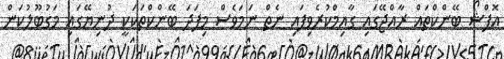
އޮފްޝޯ ބޭންކްތައް ރާއްޖޭގައި ގާއިމްކުރެވިފައި ނެތް ނަަމަވެސް މިފަދަ ބޭންކްތަކަކީ ދުނިޔޭގައި މަގުބޫލުކަން